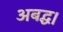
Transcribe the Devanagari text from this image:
अबद्ध।